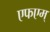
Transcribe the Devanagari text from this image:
एफएम्